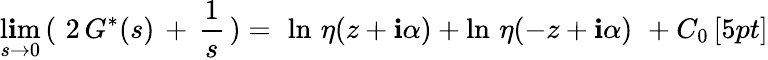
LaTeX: \operatorname*{l\mathbf{i}m}_{s\rightarrow0}\, (\, \, 2\, G^{*}(s)\, +\, \frac{{1}}{{s}}\, )=\, \, \ln\, \eta(z+\mathbf{i}\alpha)+\ln\, \eta(-z+\mathbf{i}\alpha)\, \, +C_{0}\, [5pt]